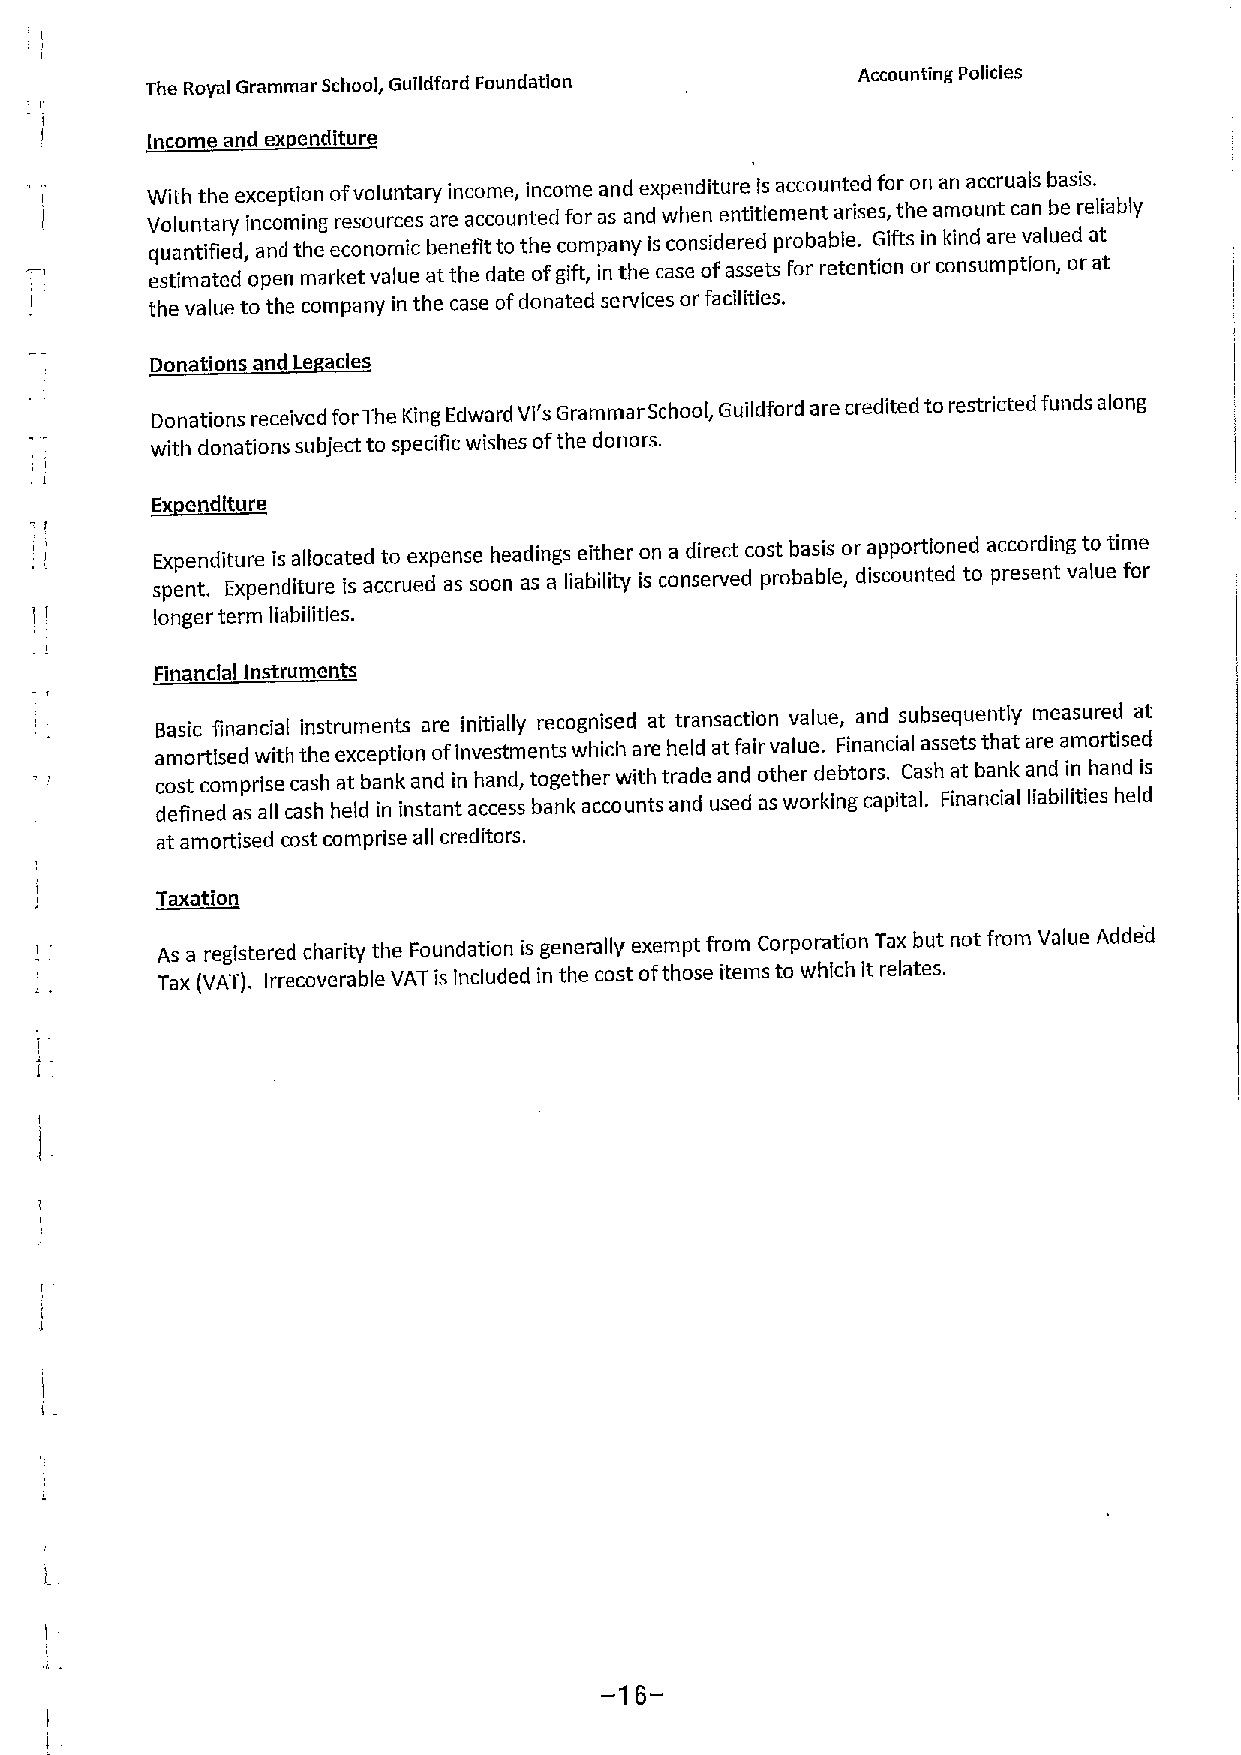
Accounting Policies
 The Royal Grammar school, Guiidford Foundation
 Income and ex enditure
 With the exception ofvoluntary income, income and expenditure is accounted for on an accruals basis.
 Voluntary incoming resources are accounted for as and when entitlement arises, the amount can be reliably
 quantified, and the economic benefit to the company is considered probable. Gifts in kind are valued at
 estimated open market value atthe date ofgift, in the case ofassets for retention or consumption, or at
 the value to the company in the case ofdonated services or facilities.
 Donations and Le acies
 Donations received forThe King Edward Vl's Grammar School, Guildford are credited to restricted funds along
 with donations subject to specific wishes ofthe donors.
 ~Edit
 Expenditure is allocated to expense headings either on a direct cost basis or apportioned according to time
 spent. Expenditure is accrued as soon as a liability is conserved probable, discounted to present value for
 longer term liabilities.
 Financial Instruments
 Basic financial instruments are initially recognised at transaction value, and subsequently measured at
 amortised with the exception ofinvestments which are held atfair value. Financial assets that are amortised
 cost comprise cash at bank and in hand, together with trade and other debtors. Cash at bank and in hand is
 defined as all cash held in instant access bank accounts and used as working capital. Financial liabilities held
 at amortised cost comprise all creditors.
 Taxation
 As a registered charity the Foundation is generally exempt from Corporation Tax but not from Value Added
 Tax (VAT). Irrecoverable VAT is Included in the cost ofthose items to which it relates.
 -16-